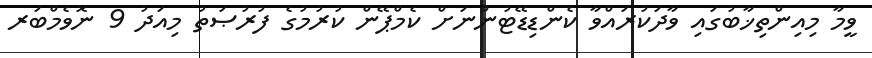
ވީމާ މިއިންތިޚާބުގައި ވާދަކުރައްވާ ކެންޑިޑޭޓުންނަށް ކެމްޕޭން ކުރުމުގެ ފުރުޞަތު މިއަދު 9 ނޮވެމްބަރ